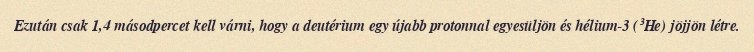
Ezután csak 1,4 másodpercet kell várni, hogy a deutérium egy újabb protonnal egyesüljön és hélium-3 (³He) jöjjön létre.